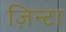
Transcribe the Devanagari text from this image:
ज़िन्टा